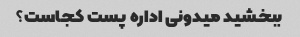
ببخشید میدونی اداره پست کجاست؟